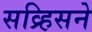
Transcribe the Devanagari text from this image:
सव्र्हिसने